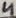
Text: 4